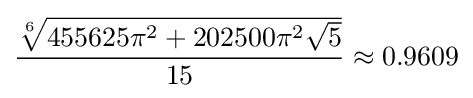
{\frac {\sqrt[{6}]{455625\pi ^{2}+202500\pi ^{2}{\sqrt {5}}}}{15}}\approx 0.9609